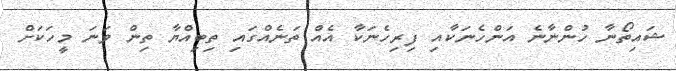
ޝައިތޯނާ ހުންނާނެ އަންހެނަކާއި ފިރިހެނަކާ އެއް ތަނެއްގައި ތިބިއްޔާ ތިން ވަނަ މީހަކަށް